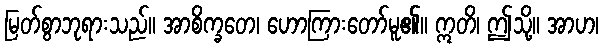
မြတ်စွာဘုရားသည်။ အာစိက္ခတေ၊ ဟောကြားတော်မူ၏။ ဣတိ၊ ဤသို့။ အာဟ၊